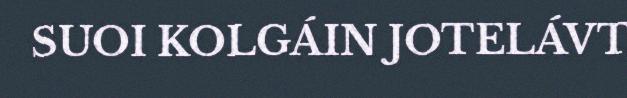
SUOI KOLGÁIN JOTELÁVT